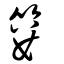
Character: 簍